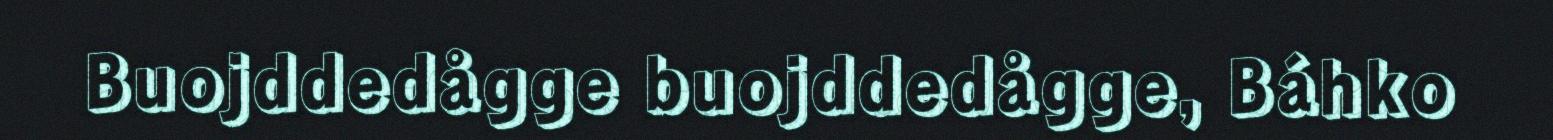
Buojddedågge buojddedågge, Báhko